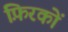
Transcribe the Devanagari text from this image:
फ़िरकों